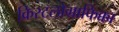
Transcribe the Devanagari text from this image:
क्रिस्टलोग्राफिक्का